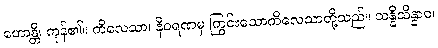
ဟောန္တိ၊ ကုန်၏။ ကိလေသာ၊ နီဝရဏမှ ကြွင်းသောကိလေသာတို့သည်။ သန္နိသိန္နာဝ၊